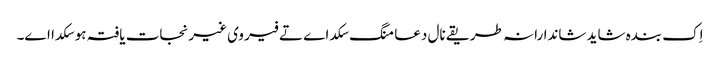
اِک بندہ شاید شاندارانہ طریقے نال دعا منگ سکدا ے تے فیر وی غیرنجات یافتہ ہو سکدا اے۔